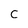
Character: C